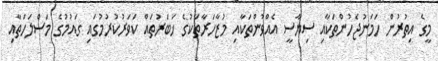
މީގެ އިތުރުން ހަމަނުޖެހުންތަކާއި ސިޔާސީ އެއްވުންތަކާއި މުޒާހަރާތަކުގެ ޚަބަރުތައް ކަވަރުކުރުމުގައި ގައުމުގެ މަސްލަހަތާއި